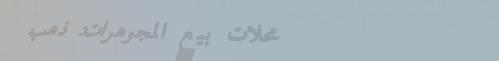
محلات بيع المجوهرات: ذهب